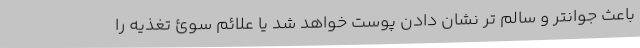
باعث جوانتر و سالم تر نشان دادن پوست خواهد شد یا علائم سوئ تغذیه را